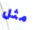
مثل